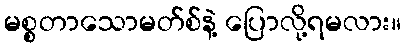
မစ္စတာသောမတ်စ်နဲ့ ပြောလို့ရမလား။